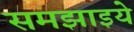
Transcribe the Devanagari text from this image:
समझाइये